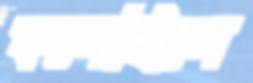
ফলেছিলে